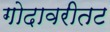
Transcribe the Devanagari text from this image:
गोदावरीतट